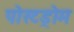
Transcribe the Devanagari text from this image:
पोस्टड्रोम